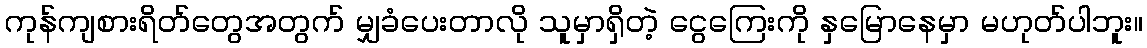
ကုန်ကျစားရိတ်တွေအတွက် မျှခံပေးတာလို သူမှာရှိတဲ့ ငွေကြေးကို နှမြောနေမှာ မဟုတ်ပါဘူး။